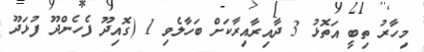
މިހާރު ތިބީ އަތޮޅު 3 ދާއިރާއިރާކަށް ބަހާލެވި 1 (ގޮއިދޫ ފެހެންދޫ ފުޅަދޫ